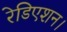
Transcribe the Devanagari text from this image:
रेडिएशन।